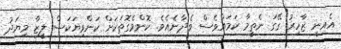
އެއިނީ ޒާހިރު ގޭގަ ނެތީމާ ކަމައްވެސް ވެދާނެއެވެ. ކޮންމެގޮތަކަށް ކަންވިޔަކަސް ލީޒާ މިޔަދު